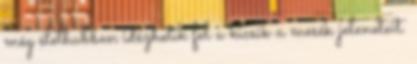
még élethubben idézhetik fel a kicsik a mesék jeleneteit.